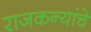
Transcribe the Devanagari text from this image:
राजकन्यांचे